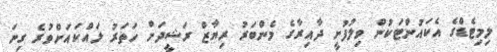
ލިމިޓެޑްގެ އެކައުންޓަކުން ވިލުފުށީ ދާއިރާގެ މެންބަރު ރިޔާޒް ރަޝީދަށް ހަތަރު ލައްކައަށްވުރެ ގިނަ